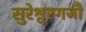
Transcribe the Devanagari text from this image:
सुरेश्वरगजौ